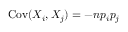
\operatorname { C o v } ( X _ { i } , X _ { j } ) = - n p _ { i } p _ { j }